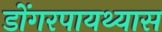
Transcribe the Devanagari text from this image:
डोंगरपायथ्यास